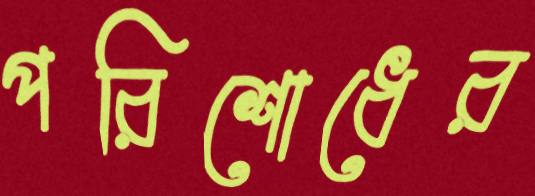
পরিশোধের